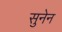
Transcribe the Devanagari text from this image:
सुनेन